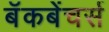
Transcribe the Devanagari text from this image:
बॅकबेंचर्स